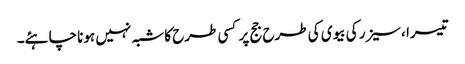
تیسرا ،سیزر کی بیوی کی طرح جج پر کسی طرح کا شبہ نہیں ہونا چاہئے۔